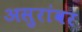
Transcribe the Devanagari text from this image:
असुरांवर